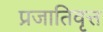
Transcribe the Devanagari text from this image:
प्रजातिवृत्त